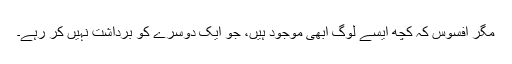
مگر افسوس کہ کچھ ایسے لوگ ابھی موجود ہیں، جو ایک دوسرے کو برداشت نہیں کر رہے۔